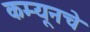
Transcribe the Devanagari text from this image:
कम्यूनचे